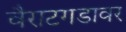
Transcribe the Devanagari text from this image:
वैराटगडावर